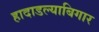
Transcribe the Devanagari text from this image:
हादाडल्याबिगार